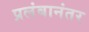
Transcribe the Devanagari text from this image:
प्रलंबानंतर